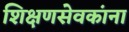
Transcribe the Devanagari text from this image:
शिक्षणसेवकांना